Punjab Mental Hospital Lahore 1922-31 - 1922-1931
Year: 1922
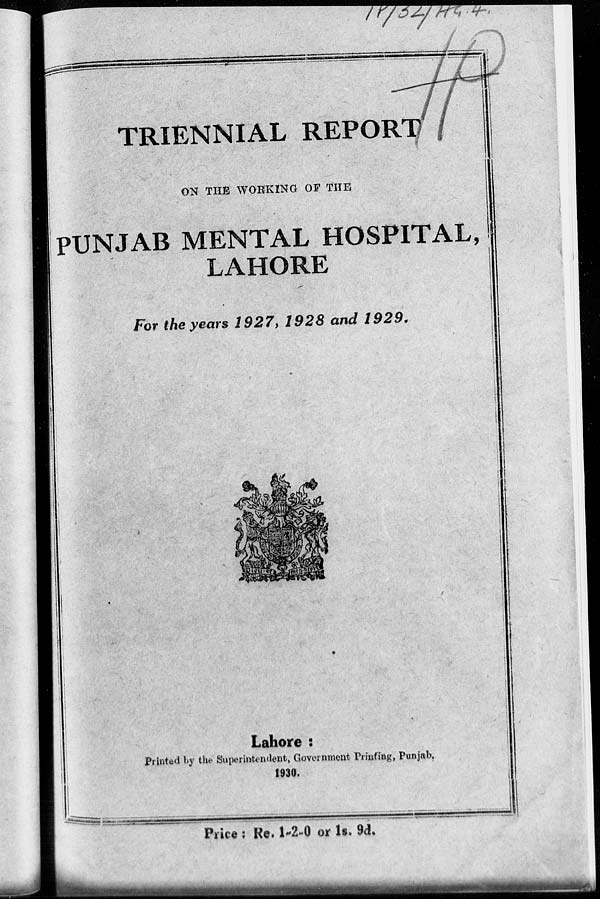
TRIENNIAL REPORT
ON THE WORKING OF THE
PUNJAB MENTAL HOSPITAL,
LAHORE
For the years 1927, 1928 and 1929.
Lahore :
Printed by the Superintendent, Government Printing, Punjab.
1930.
Price : Re. 1-2-0 or 1s. 9d.